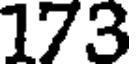
173